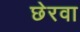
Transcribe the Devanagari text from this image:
छेरवा